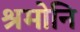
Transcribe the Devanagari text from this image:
श्रमोनि